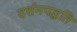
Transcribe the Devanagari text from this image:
दर्शनपद्धति